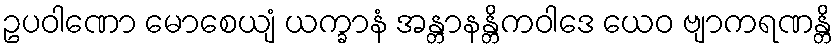
ဥပဝါဏော မောစေယျံ ယက္ခာနံ အန္တာနန္တိကဝါဒေ ယေဝ ဗျာကရဏန္တိ